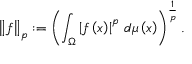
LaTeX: \left\Vert { f } \right\Vert _ { p } : = \left( \int _ { \Omega } \left\vert { f } \left( x \right) \right\vert ^ { p } \, { d \mu \left( x \right) } \right) ^ { \frac { 1 } { p } } .